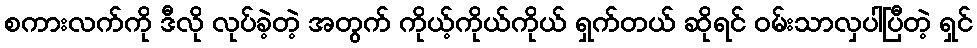
စကားလက်ကို ဒီလို လုပ်ခဲ့တဲ့ အတွက် ကိုယ့်ကိုယ်ကိုယ် ရှက်တယ် ဆိုရင် ဝမ်းသာလှပါပြီတဲ့ ရှင်